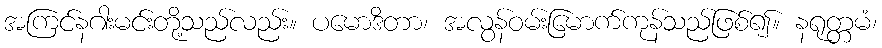
အကြင်နဂါးမင်းတို့သည်လည်း။ ပမောဒိတာ၊ အလွန်ဝမ်းြမောက်ကုန်သည်ဖြစ်၍။ နရုတ္တမံ၊